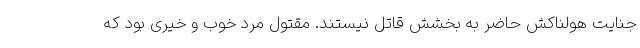
جنایت هولناکش حاضر به بخشش قاتل نیستند. مقتول مرد خوب و خیری بود که